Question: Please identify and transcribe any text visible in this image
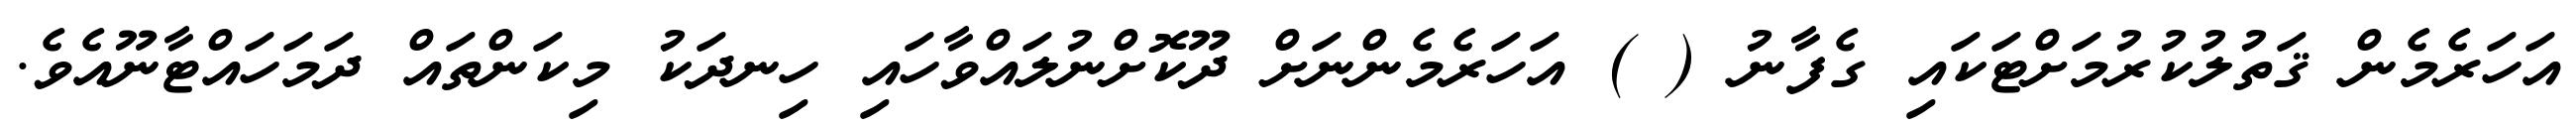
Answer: އަހަރެމެން ޤަތުލުކުރުމަށްޓަކައި ގެފާނު ( ) އަހަރެމެންނަށް ދޫކޮށްނުލައްވާހައި ހިނދަކު މިކަންތައް ދަމަހައްޓާނޫއެވެ.